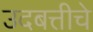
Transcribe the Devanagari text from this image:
उदबत्तीचे